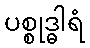
ပစ္စုဒ္ဓါရံ